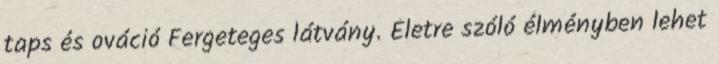
taps és ováció Fergeteges látvány. Életre szóló élményben lehet